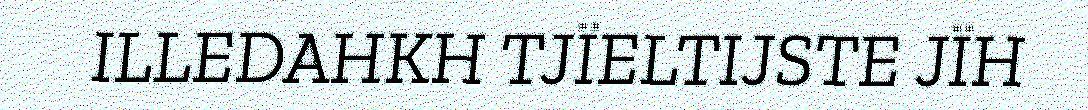
ILLEDAHKH TJÏELTIJSTE JÏH